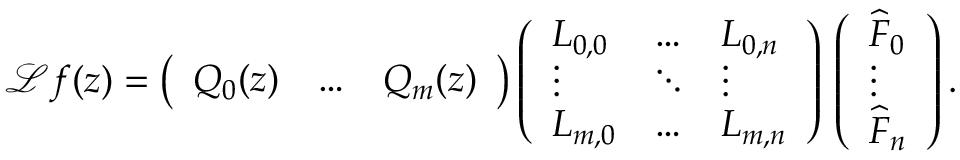
\mathcal { L } f ( z ) = \left( \begin{array} { l l l } { Q _ { 0 } ( z ) } & { \hdots } & { Q _ { m } ( z ) } \end{array} \right) \left( \begin{array} { l l l } { L _ { 0 , 0 } } & { \hdots } & { L _ { 0 , n } } \\ { \vdots } & { \ddots } & { \vdots } \\ { L _ { m , 0 } } & { \hdots } & { L _ { m , n } } \end{array} \right) \, \left( \begin{array} { l } { \widehat { F } _ { 0 } } \\ { \vdots } \\ { \widehat { F } _ { n } } \end{array} \right) .